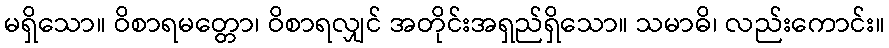
မရှိသော။ ဝိစာရမတ္တော၊ ဝိစာရလျှင် အတိုင်းအရှည်ရှိသော။ သမာဓိ၊ လည်းကောင်း။